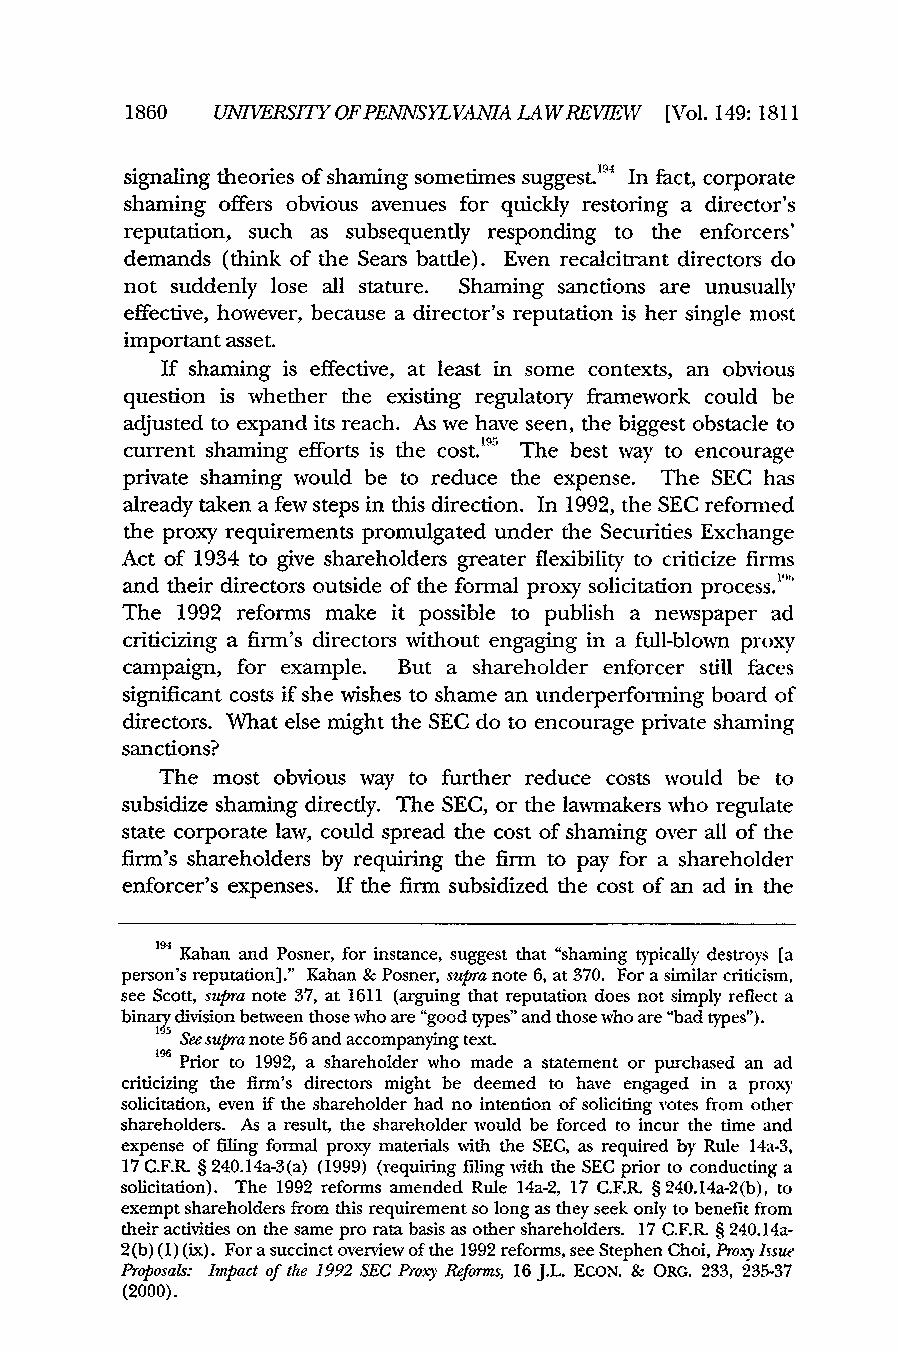
1860  UNIVERSITY OFP ENNSYLVANIA LAWREVEW [Vol. 149:1811
 signaling theories of shaming sometimes suggest. In fact, corporate
 IM
 shaming offers obvious avenues for quickly restoring a director's
 reputation, such as subsequently responding to the enforcers'
 demands (think of the Sears battle). Even recalcitrant directors do
 not suddenly lose all stature. Shaming sanctions are unusually
 effective, however, because a director's reputation is her single most
 important asset.
 If shaming is effective, at least in some contexts, an obvious
 question is whether the existing regulatory framework could be
 adjusted to expand its reach. As we have seen, the biggest obstacle to
 current shaming efforts is the cost.'95 The best way to encourage
 private shaming would be to reduce the expense. The SEC has
 already taken a few steps in this direction. In 1992, the SEC reformed
 the proxy requirements promulgated under the Securities Exchange
 Act of 1934 to give shareholders greater flexibility to criticize firms
 and their directors outside of the formal proxy solicitation process.
 The 1992 reforms make it possible to publish a newspaper ad
 criticizing a firm's directors without engaging in a full-blown proxy
 campaign, for example. But a shareholder enforcer still faces
 significant costs if she wishes to shame an underperforming board of
 directors. What else might the SEC do to encourage private shaming
 sanctions?
 The most obvious way to further reduce costs would be to
 subsidize shaming directly. The SEC, or the lawmakers who regulate
 state corporate law, could spread the cost of shaming over all of the
 firm's shareholders by requiring the firm to pay for a shareholder
 enforcer's expenses. If the firm subsidized the cost of an ad in the
 Kahan and Posner, for instance, suggest that "shaming typically destroys [a
 194
 person's reputation]." Kahan & Posner, supra note 6, at 370. For a similar criticism,
 see Scott, supra note 37, at 1611 (arguing that reputation does not simply reflect a
 binary division between those who are "good types" and those who are "bad types").
 '5 See supra note 56 and accompanying text.
 Prior to 1992, a shareholder who made a statement or purchased an ad
 criticizing the firm's directors might be deemed to have engaged in a proxy
 solicitation, even if the shareholder had no intention of soliciting votes from other
 shareholders. As a result, the shareholder would be forced to incur the time and
 expense of filing formal proxy materials with the SEC, as required by Rule 14a-3,
 17 C.F.R. § 240.14a-3(a) (1999) (requiring filing with the SEC prior to conducting a
 solicitation). The 1992 reforms amended Rule 14a-2, 17 C.F.R. § 240.14a-2(b), to
 exempt shareholders from this requirement so long as they seek only to benefit from
 their activities on the same pro rata basis as other shareholders. 17 C.F.R § 240.14a-
 2(b) (1) (ix). For a succinct overview of the 1992 reforms, see Stephen Choi, Pro, Issue
 Proosals: Impact of the 1992 SEC Pro.y Reforms, 16 J.L. ECON. & ORG. 233, 235-37
 (2000).